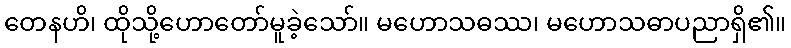
တေနဟိ၊ ထိုသို့ဟောတော်မူခဲ့သော်။ မဟောသဓဿ၊ မဟောသဓာပညာရှိ၏။